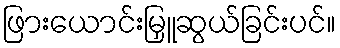
ဖြားယောင်းမြှူဆွယ်ခြင်းပင်။